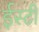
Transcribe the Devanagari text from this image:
ईस्टी